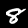
Label: 8